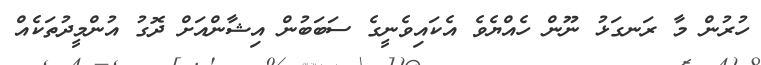
ހުރުން މާ ރަނގަޅު ނޫން ހެއްޔެވެ އެކައިވެނީގެ ސަބަބުން އިޝާންއަށް ދޮގު އުންމީދުތަކެއް